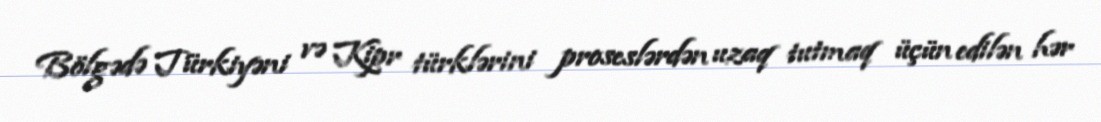
Bölgədə Türkiyəni və Kipr türklərini proseslərdən uzaq tutmaq üçün edilən hər